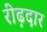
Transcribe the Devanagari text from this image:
रीढ़दार